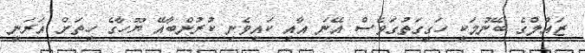
ޒައުލްގެ ބޭނުމަކީ ހަގީގަތުގަވެސް އޭނަ އާއި ކައިވެނި ކުރުންބާއޭ ޔޫހާގެ ހިތަށް އަރަނީ